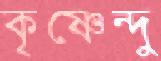
কৃষ্ণেন্দু